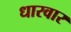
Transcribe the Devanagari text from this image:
धारवार